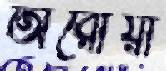
অরোয়া